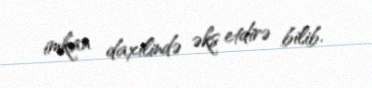
imkan daxilində əks etdirə bilib.